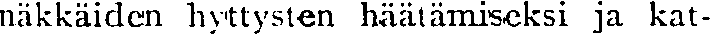
näkkäiden hyttysten häätämiseksi ja kat-